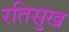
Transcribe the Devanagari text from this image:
रतिसुख